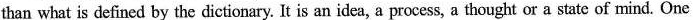
than what is defined by the dictionary. It is an idea, a process, a thought or a state of mind. One